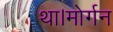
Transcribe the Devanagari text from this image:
था।मोर्गन